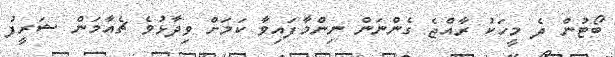
ބޯޓުން ދެ މީހަކު ރާއްޖެ ގެންނަން ނިންމާފައިވާ ކަމަށް ވިދާޅުވެ ޗެއާމަން ޝަރީފު